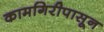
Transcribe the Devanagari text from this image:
कामगिरीपासून